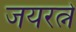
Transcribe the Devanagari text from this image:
जयरत्ने